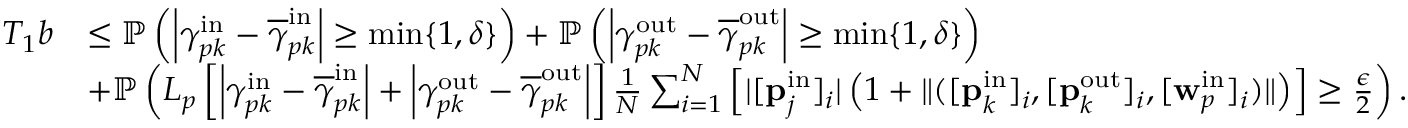
\begin{array} { r l } { T _ { 1 } b } & { \leq \mathbb { P } \left( \left| \gamma _ { p k } ^ { \mathrm { i n } } - \overline { { \gamma } } _ { p k } ^ { \mathrm { i n } } \right| \geq \operatorname* { m i n } \{ 1 , \delta \} \right) + \mathbb { P } \left( \left| \gamma _ { p k } ^ { \mathrm { o u t } } - \overline { { \gamma } } _ { p k } ^ { \mathrm { o u t } } \right| \geq \operatorname* { m i n } \{ 1 , \delta \} \right) } \\ & { + \mathbb { P } \left( L _ { p } \left[ \left| \gamma _ { p k } ^ { \mathrm { i n } } - \overline { { \gamma } } _ { p k } ^ { \mathrm { i n } } \right| + \left| \gamma _ { p k } ^ { \mathrm { o u t } } - \overline { { \gamma } } _ { p k } ^ { \mathrm { o u t } } \right| \right] \frac { 1 } { N } \sum _ { i = 1 } ^ { N } \left[ | [ \mathbf { p } _ { j } ^ { \mathrm { i n } } ] _ { i } | \left( 1 + \| ( [ \mathbf { p } _ { k } ^ { \mathrm { i n } } ] _ { i } , [ \mathbf { p } _ { k } ^ { \mathrm { o u t } } ] _ { i } , [ \mathbf { w } _ { p } ^ { \mathrm { i n } } ] _ { i } ) \| \right) \right] \geq \frac { \epsilon } { 2 } \right) . } \end{array}